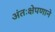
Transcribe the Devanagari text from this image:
अंतःक्षेपणाने